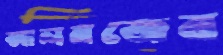
আলমজেব